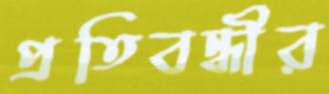
প্রতিবন্ধীর